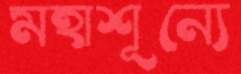
মহাশূন্যে